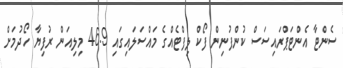
ސެންޓާ އެންޓަޕްރައިސަސް ކުންފުނިން ފޯކް ލިފްޓެއްގެ މައްސަލައިގައި 46.9 މިލިއަން ރުފިޔާ ހޯދުމަށް